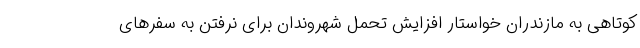
کوتاهی به مازندران خواستار افزایش تحمل شهروندان برای نرفتن به سفرهای